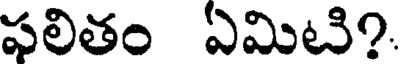
ఫలితం ఏమిటి?.